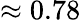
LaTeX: \approx 0.78